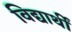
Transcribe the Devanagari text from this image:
विद्यार्थीं